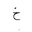
Letter: _kha